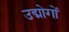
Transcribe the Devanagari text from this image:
उद्मोगों